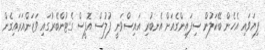
ފިޔަވައި އެހެން ބޭކަލުން ސިފައިންގެއަށް އެނބުރި އައިސްވަނީ ފުލުސް އޮފީސް ގެޓުންބޭރުގައި ވަޒަންއަރައިގެން